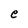
Character: e